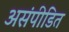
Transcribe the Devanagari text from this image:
असंपीडित